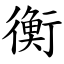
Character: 衡